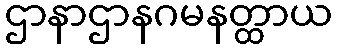
ဌာနာဌာနဂမနတ္ထာယ